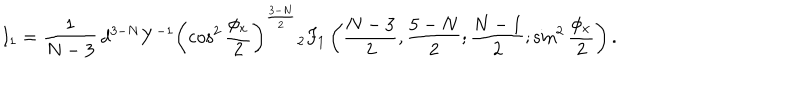
LaTeX: { } I _ { 1 } = \frac { 1 } { N - 3 } \, { d ^ { 3 - N } } { Y ^ { - 1 } } \left( \cos ^ { 2 } \frac { \phi _ { x } } { 2 } \right) ^ { \frac { 3 - N } { 2 } } { } _ { 2 } F _ { 1 } \left( \frac { N - 3 } { 2 } , \frac { 5 - N } { 2 } ; \frac { N - 1 } { 2 } ; \sin ^ { 2 } \frac { \phi _ { x } } { 2 } \right) .